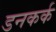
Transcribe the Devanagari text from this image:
डनकर्क